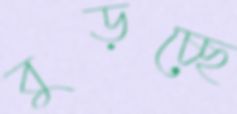
বুড়চ্ছে